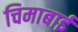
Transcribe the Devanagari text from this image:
चिमाबाई